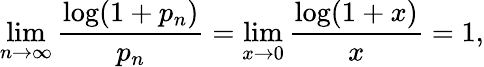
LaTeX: \operatorname*{lim}_{n\to\infty}{\frac{\log(1+p_{n})}{p_{n}}}=\operatorname*{lim}_{x\to 0}{\frac{\log(1+x)}{x}}=1,